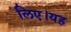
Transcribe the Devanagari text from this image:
लिए।यह